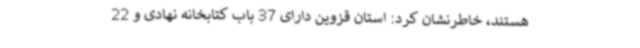
هستند، خاطرنشان کرد: استان قزوین دارای 37 باب کتابخانه نهادی و 22